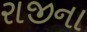
રાજીના